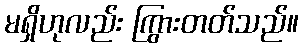
မရှိဟုလည်း ကြွားတတ်သည်။